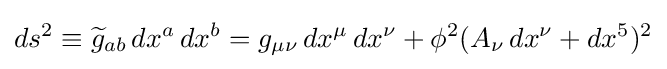
ds^{2}\equiv {\widetilde {g}}_{ab}\,dx^{a}\,dx^{b}=g_{\mu \nu }\,dx^{\mu }\,dx^{\nu }+\phi ^{2}(A_{\nu }\,dx^{\nu }+dx^{5})^{2}